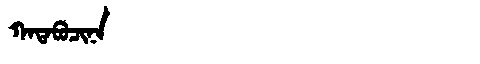
Manchu: ᡴᠠᡨᠠᠪᡠᠴᡳᠨᠠ
Romanization: KATABUCINA